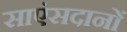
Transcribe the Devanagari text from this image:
साएंसदानों